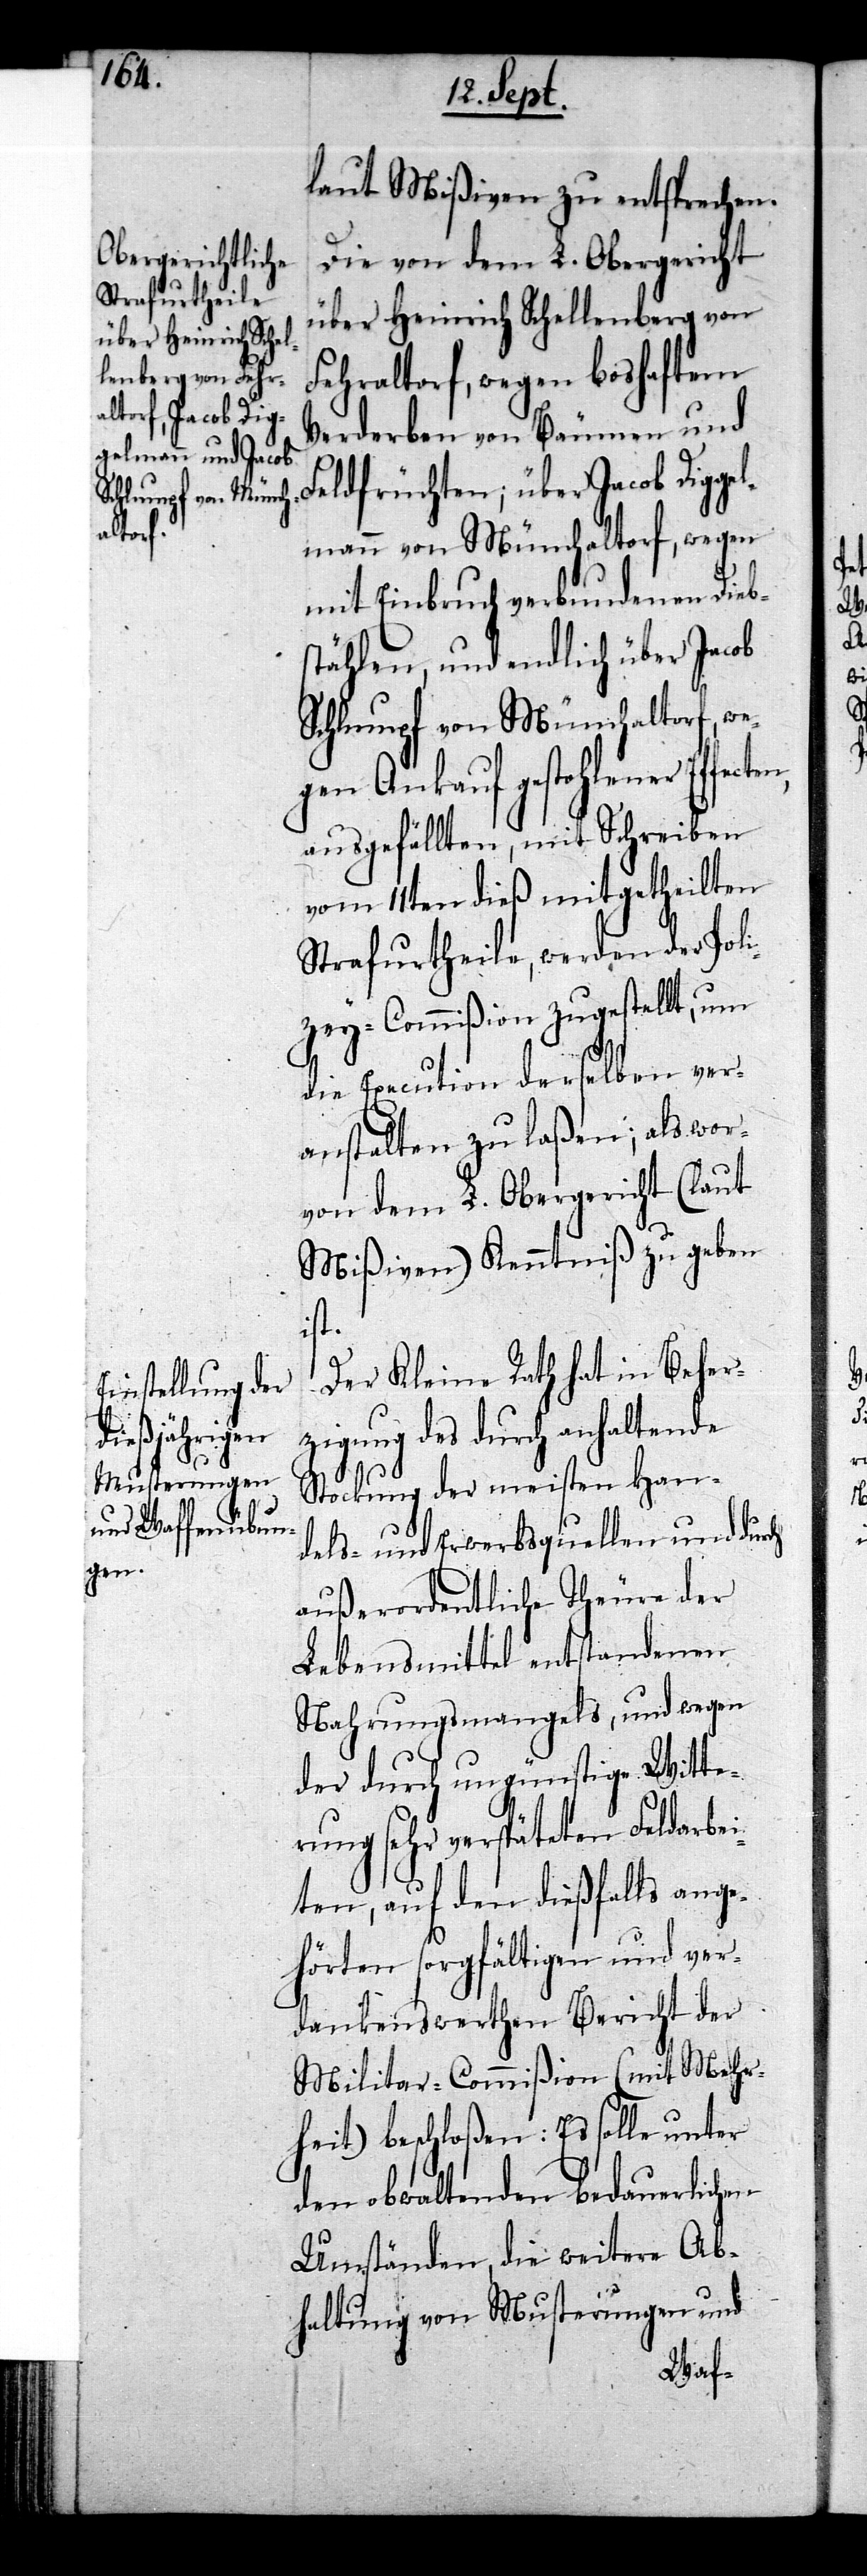
cten,

laut Mißiven zu entsprechen.
Die von dem L. Obergericht
über Heinrich Schellenberg von
Fehraltorf, wegen boshaftem
Verderben von Bäumen und
Feldfrüchten; über Jacob Diggel¬
mann von Münchaltorf, wegen
mit Einbruch verbundenen Dieb¬
stählen, und endlich über Jacob
Schlumpf von Münchaltorf, we¬
gen Ankauf gestohlener Effe¬
ausgefällten, mit Schreiben
vom 11ten dieß mitgetheilten
Strafurtheile, werden der Poli¬
zey-Commißion zugestellt, um
die Execution derselben ver¬
anstalten zu laßen; als wor¬
von dem L. Obergericht (laut
Mißiven) Kenntniß zu geben
ist.
Der Kleine Rath hat in Beher¬
zigung des durch anhaltende
Stockung der meisten Han¬
dels- und Erwerbsquellen und durch
außerordentliche Theure der
Lebensmittel entstandenen
Nahrungsmangels, und wegen
der durch ungünstige Witte¬
rung sehr verspäteten Feldarbei¬
ten, auf den dießfalls ange¬
hörten sorgfältigen und ver¬
dankenswerthen Bericht der
Militar-Commißion (mit Mehr¬
heit) beschloßen: Es solle unter
den obwaltenden bedauerlichen
Umständen, die weitere Ab¬
haltung von Musterungen und